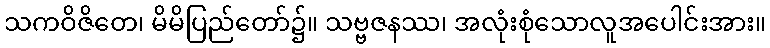
သကဝိဇိတေ၊ မိမိပြည်တော်၌။ သဗ္ဗဇနဿ၊ အလုံးစုံသောလူအပေါင်းအား။